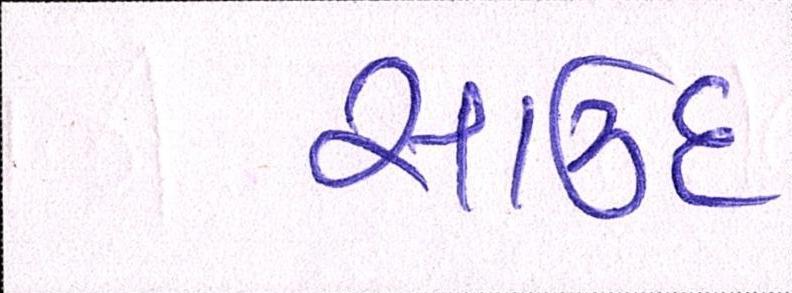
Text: સાઉદ